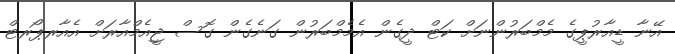
އޭނާ ޑީއާރުޕީގެ މެމްބަރުންނަށް ކަޓް ދީގެން އެމެމްބަރުން ގަނެގެން ގޮސް ޖީއެމްއާރަށް އެއާރޕޯރޓް